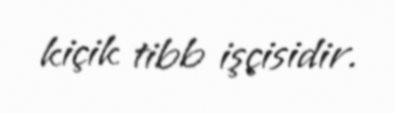
kiçik tibb işçisidir.